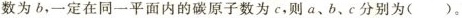
数为b，一定在同一平面内的碳原子数为c，则a、b、c分别为( )。